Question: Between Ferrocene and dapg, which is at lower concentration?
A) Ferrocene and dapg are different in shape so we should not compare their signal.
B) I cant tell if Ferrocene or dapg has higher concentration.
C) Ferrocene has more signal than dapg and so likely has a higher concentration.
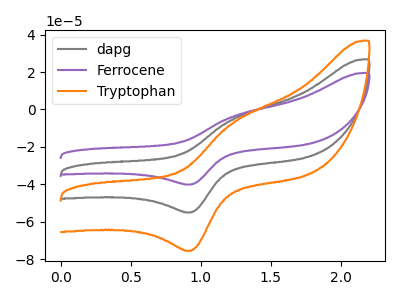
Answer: <think>The gray curve "dapg" has an anodic peak at (1.25V, -4.95uA) and a cathodic peak at (0.95V, -55.00uA). The purple curve "Ferrocene" has an anodic peak at (1.25V, -3.60uA) and a cathodic peak at (0.95V, -40.05uA). The orange curve "Tryptophan" has an anodic peak at (1.25V, -9.85uA) and a cathodic peak at (0.95V, -109.95uA).
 All the peaks in "Ferrocene" have a peak in "dapg" at the same potential.</think>
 <answer>B) I cant tell if "Ferrocene" or "dapg" has higher concentration.</answer>
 <eval>B</eval>